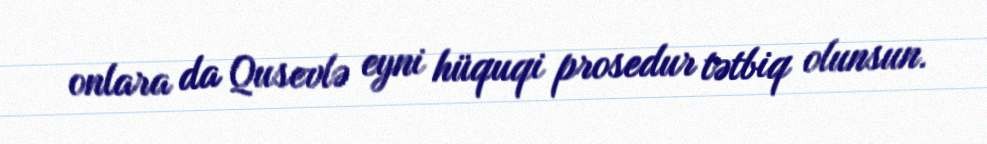
onlara da Qusevlə eyni hüquqi prosedur tətbiq olunsun.